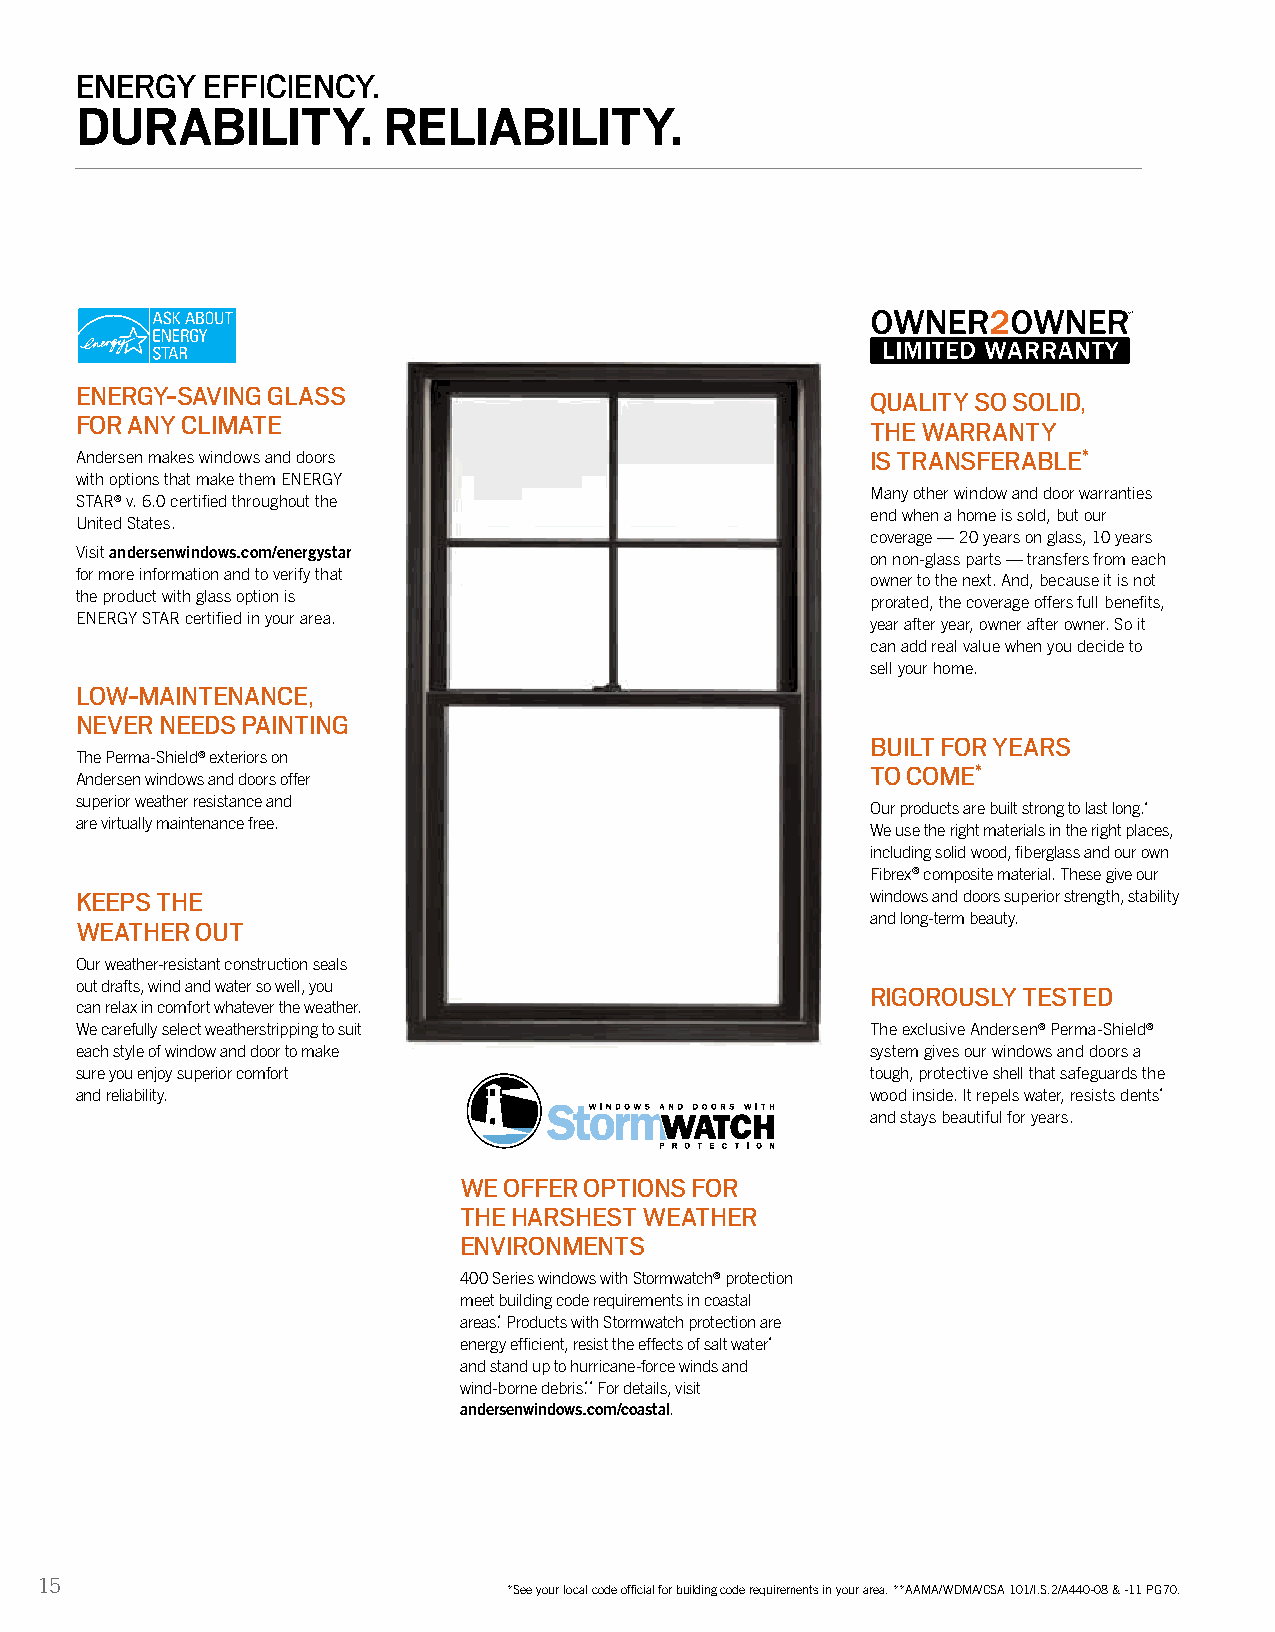
ENERGY   EFFICIENCY.
 DURABILITY.         RELIABILITY.
 ENERGY-SAVING GLASS
 QUALITY SO SOLID,
 FOR ANY CLIMATE
 THE WARRANTY
 Andersen makes windows and doors                     IS TRANSFERABLE*
 with options that make them ENERGY
 Many other window and door warranties
 STAR® v. 6.0 certified throughout the
 end when a home is sold, but our
 United States.
 coverage — 20 years on glass, 10 years
 Visit andersenwindows.com/energystar                 on non-glass parts — transfers from each
 for more information and to verify that
 owner to the next. And, because it is not
 the product with glass option is
 prorated, the coverage offers full benefits,
 ENERGY STAR certified in your area.
 year after year, owner after owner. So it
 can add real value when you decide to
 sell your home.
 LOW-MAINTENANCE,
 NEVER NEEDS PAINTING
 BUILT FOR YEARS
 The Perma-Shield® exteriors on
 TO COME*
 Andersen windows and doors offer
 superior weather resistance and
 Our products are built strong to last long.*
 are virtually maintenance free.
 We use the right materials in the right places,
 including solid wood, fiberglass and our own
 Fibrex® composite material. These give our
 KEEPS THE                                            windows and doors superior strength, stability
 and long-term beauty.
 WEATHER OUT
 Our weather-resistant construction seals
 out drafts, wind and water so well, you              RIGOROUSLY TESTED
 can relax in comfort whatever the weather.
 We carefully select weatherstripping to suit         The exclusive Andersen® Perma-Shield®
 each style of window and door to make                system gives our windows and doors a
 sure you enjoy superior comfort                      tough, protective shell that safeguards the
 and reliability.                                     wood inside. It repels water, resists dents*
 and stays beautiful for years.
 WE OFFER OPTIONS FOR
 THE HARSHEST WEATHER
 ENVIRONMENTS
 400 Series windows with Stormwatch® protection
 meet building code requirements in coastal
 areas.* Products with Stormwatch protection are
 energy efficient, resist the effects of salt water*
 and stand up to hurricane-force winds and
 wind-borne debris.** For details, visit
 andersenwindows.com/coastal.
 15
 *See your local code official for building code requirements in your area. **AAMA/WDMA/CSA 101/I.S.2/A440-08 & -11 PG70.